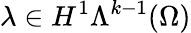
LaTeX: \lambda\in H^{1}\Lambda^{k-1}(\Omega)